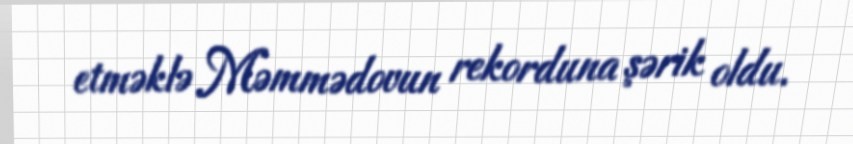
etməklə Məmmədovun rekorduna şərik oldu.